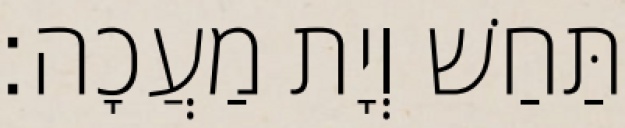
תַּחַשׁ וְיָת מַעֲכָה׃